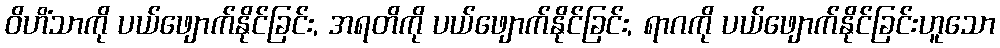
ဝိဟိံသာကို ပယ်ဖျောက်နိုင်ခြင်း, အရတိကို ပယ်ဖျောက်နိုင်ခြင်း, ရာဂကို ပယ်ဖျောက်နိုင်ခြင်းဟူသော